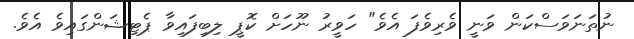
ނުތަނަވަސްކަން ވަނީ ވެރިވެފަ އެވެ" ހަވީރު ނޫހަށް ކޮޕީ ލިބިފައިވާ ޕެޓިޝަންގައިވެ އެވެ.